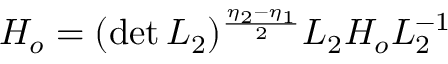
H _ { o } = ( \operatorname * { d e t } L _ { 2 } ) ^ { \frac { \eta _ { 2 } - \eta _ { 1 } } { 2 } } L _ { 2 } H _ { o } L _ { 2 } ^ { - 1 }